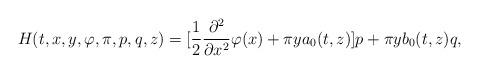
LaTeX: \begin{align*}H(t,x,y,\varphi, \pi,p,q,z)= [\frac{1}{2}\frac{\partial^2}{\partial x^2}\varphi(x) +\pi y a_0(t,z)]p + \pi y b_0(t,z)q,\end{align*}